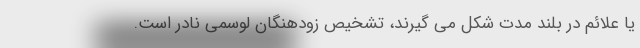
یا علائم در بلند مدت شکل می گیرند، تشخیص زودهنگان لوسمی نادر است.